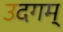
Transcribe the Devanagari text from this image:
उदगम्